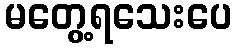
မတွေ့ရသေးပေ